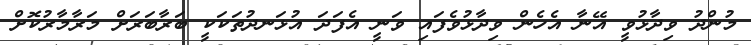
މުންދު ވިދާޅުވީ އޭނާ އެހެން ވިދާޅުވެފައި ވަނީ އެފަދަ އުޅަނދުތަކަކީ ބަރާބަރަށް މަރާމާރުކޮށް